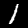
Label: 1